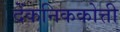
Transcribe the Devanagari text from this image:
देंकनिककोत्ती